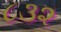
૮૩૨